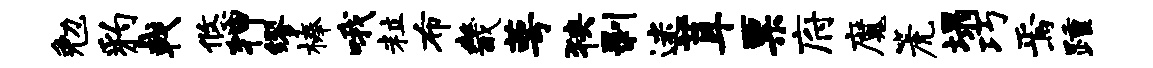
勉豹戟悠狎缪榛哦粒布畿萼狭剥迷茸票府魔篪塌巧焉踵